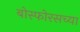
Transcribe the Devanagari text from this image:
बोस्फोरसच्या